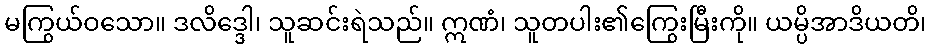
မကြွယ်ဝသော။ ဒလိဒ္ဒေါ၊ သူဆင်းရဲသည်။ ဣဏံ၊ သူတပါး၏ကြွေးမြီးကို။ ယမ္ပိအာဒိယတိ၊